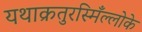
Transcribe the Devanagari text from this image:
यथाक्रतुरस्मिँल्लोके